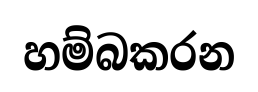
හම්බකරන